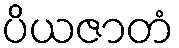
ပိယဇာတံ